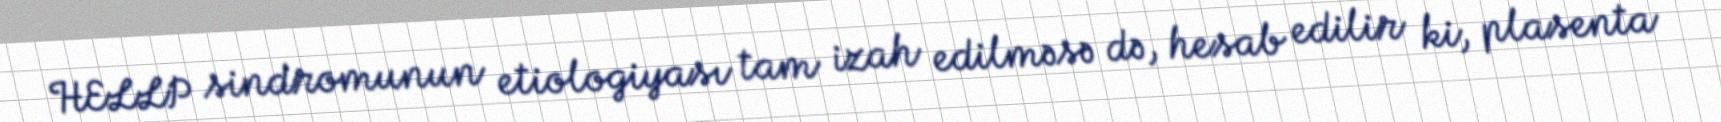
HELLP sindromunun etiologiyası tam izah edilməsə də, hesab edilir ki, plasenta